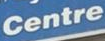
Centre